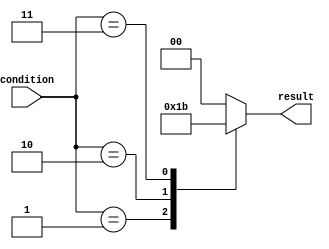
module parallel_case_statement (
    input wire [2:0] condition,
    output reg [1:0] result
);

always @*
begin
    case (condition)
        3'b000: begin
            // behavior for condition 000
            result <= 2'b00;
        end
        3'b001: begin
            // behavior for condition 001
            result <= 2'b01;
        end
        3'b010: begin
            // behavior for condition 010
            result <= 2'b10;
        end
        3'b011: begin
            // behavior for condition 011
            result <= 2'b11;
        end
        default: begin
            // default behavior
            result <= 2'b00;
        end
    endcase
end

endmodule